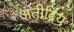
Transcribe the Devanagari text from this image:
अतीद्रिय